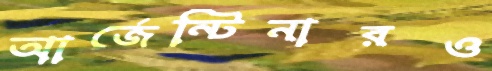
আর্জেন্টিনারও